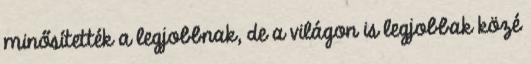
minősítették a legjobbnak, de a világon is legjobbak közé